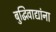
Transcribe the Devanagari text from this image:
बुद्धिवाद्यांना